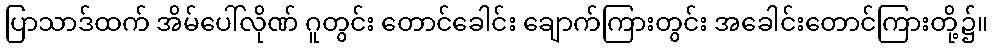
ပြာသာဒ်ထက် အိမ်ပေါ်လိုဏ် ဂူတွင်း တောင်ခေါင်း ချောက်ကြားတွင်း အခေါင်းတောင်ကြားတို့၌။